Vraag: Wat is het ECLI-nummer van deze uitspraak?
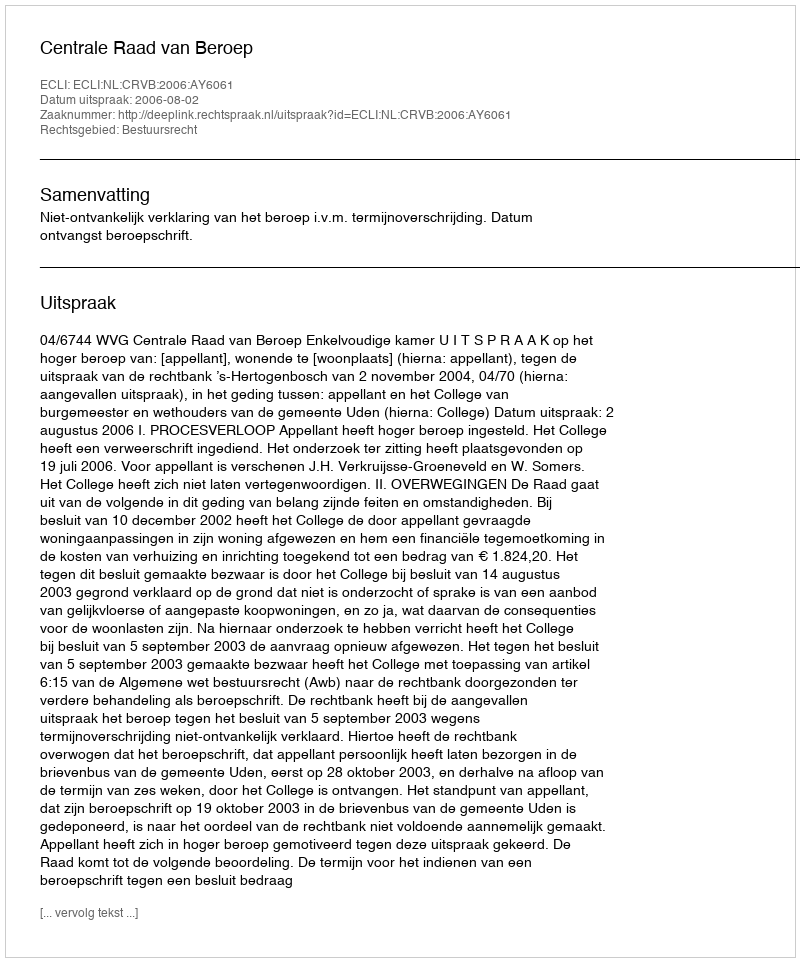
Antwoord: ECLI:NL:CRVB:2006:AY6061